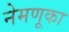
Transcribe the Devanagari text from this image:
नेमणूका